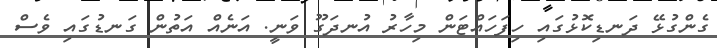
ގެންގުޅޭ ދަނޑިކޮޅުގައި ހިފަހައްޓަން މިހާރު އުނދަގޫ ވަނީ. އަނެއް އަތުން ގަނޑުގައި ވެސް